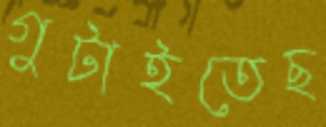
গুটাইতেছ